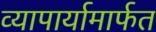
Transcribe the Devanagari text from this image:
व्यापार्यामार्फत